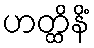
ဟတ္ထိနိံ